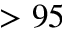
> 9 5